Medical and sanitary report of the native army of Bengal for the year
Year: 1876
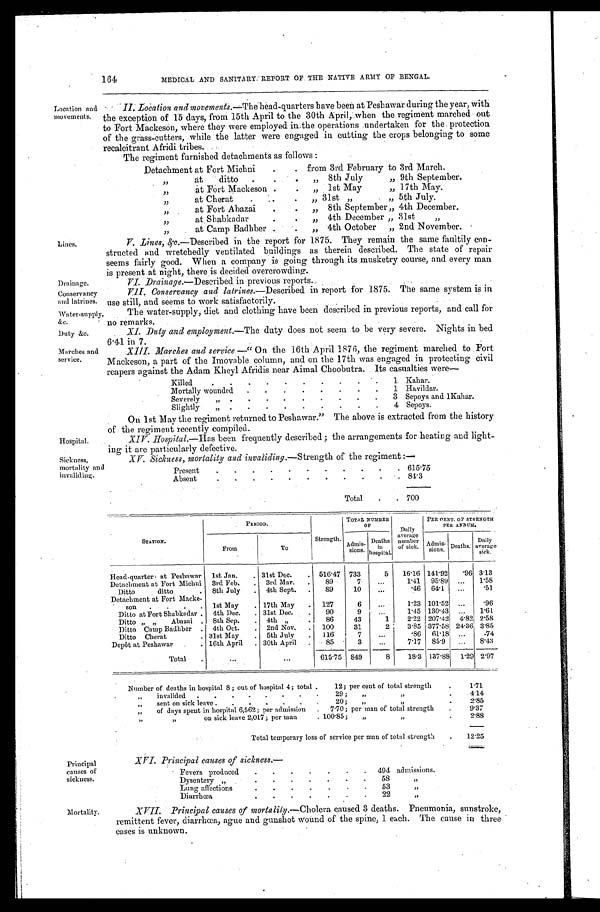
Location and
movements.
Lines.
Drainage.
Conservancy
and latrines.
Water-supply,
&c.
Duty &c.
Marches and
service.
Hospital.
Sickness,
mortality and
II. Location and movements.—The head-quarters have been at Peshawar during the year, with
the exception of 15 days, from 15th April to the 30th April, when the regiment marched out
to Fort Mackeson, where they were employed in the operations undertaken for the protection
of the grass-cutters, while the latter were engaged in cutting the crops belonging to some
recalcitrant Afridi tribes.
164
MEDICAL AND SANITARY REPORT OF THE NATIVE ARMY OF BENGAL.
The regiment furnished detachments as follows:
Detachment at Fort Michni
from 3rd February to 3rd March.
„ at ditto
„ 8th July „ 9th September.
„ at Fort Mackeson
„ 1st May „ 17th May.
„ at Cherat
„ 31st „ „ 5th July.
„ at Fort Abazai
„ 8th September „ 4th December.
„ at Shabkadar
„ 4th December „ 31st „
„ at Camp Badhber
„ 4th October „ 2nd November.
V. Lines, &c.—Described in the report for 1875. They remain the same faultily con
-structed and wretchedly ventilated buildings as therein described. The state of repair
seems fairly good. When a company is going through its musketry course, and every man
is present at night, there is decided overcrowding.
VI. Drainage. —Described in previous reports.
VII. Conservancy and latrines.— Described in report for 1875. The same system is in
use still, and seems to work satisfactorily.
The water-supply, diet and clothing have been described in previous reports, and call for
no remarks.
XI. Duty and employment.—The duty does not seem to be very severe. Nights in bed
6.41 in 7.
XIII. Marches and service—"On the 16th April 1876, the regiment marched to Fort
Mackeson, a part of the Imovable column, and on the 17th was engaged in protecting civil
reapers against the Adam Kheyl Afridis near Aimal Choobutra. Its casualties were—
Killed
1 Kahar.
Mortally wounded
1 Havildar.
Severely „
3
Sepoys and l Kahar.
Slightly „
4 Sepoys.
On 1st May the regiment returned to Peshawar." The above is extracted from the history
of the regiment recently compiled.
XIV. Hospital. —Has been frequently described; the arrangements for heating and light
-ing it are particularly defective.
XV. Sickness, mortality and invaliding. —Strength of the regiment:—
Present
.615.75
Absent
84.3
Total
700
Principal
causes of
sickness.
STATION.
PERIOD.
Strength.
TOTAL NUMBER OF
Daily
average number
of sick.
PER CENT. OF STRENGTH
PER ANNUM.
From
To
Admis- sions.
Deaths
in
hospital.
Admis- sions. Deaths.
Daily
average sick.
Head-quart ers at Peshawar
1st Jan.
31st Dec.
516. 47
733
5 16.16 141.92 .96 3.13
Detachment at Fort Michni 3rd Feb.
3rd Mar.
89
7
1.41 95.89
1.58
Ditto ditto
8th July
4th Sept.
89
10
.46 64.1
.51
Detachment at Fort Macke
-son
1st May
17th May
127
6
1.23 101.52
.96
Ditto at Fort Shabkadar 4th Dec.
31st Dec.
90
9
1.45 130.43
1.61
Ditto „ „ Abazai
8th Sep.
4th „
86
43
1
2.22 207.42 4 . 8 2 2.58
Ditto Camp Badhber 4th Oct.
2nd Nov.
100
31
2
3.85 377.58 24. 36 3.85
Ditto Cherat 31st May
5th July
116
7
.86 61.18
.74
Depôt at Peshawar 16th April
30th April
85
3
7.17 85.9
8.43
Total
615.75 849
8
18. 3 137.88 1.29 2.97
Number of deaths in hospital 8; out of hospital 4; total
12; per cent of total strength
1.71
„ invalided
29; „ „
4 . 1 4
„ sent on sick leave
20; „ „
2. 85
„ of days spent in hospital 6,562; per admission
7 . 7 0 ;
per man of total strength
9.37
„ on sick leave 2,017; per man
100.85; „
„
2 . 8 8
Total temporary loss of service per man of total strength
12.25
XVI. Principal causes of sickness. —
Fevers produced
494 admissions.
Dysentery „
58
„
Lung affections
5 3 n „
Diarrhœa
22
„
Principal causes of mortality.—Cholera caused 3 deaths. Pneumonia, sunstroke,
remittent fever, diarrhœa, ague and gunshot wound of the spine, 1 each. The cause in three
cases is unknown.
Mortality.